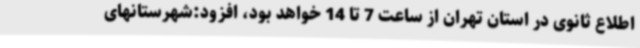
اطلاع ثانوی در استان تهران از ساعت 7 تا 14 خواهد بود، افزود:شهرستانهای